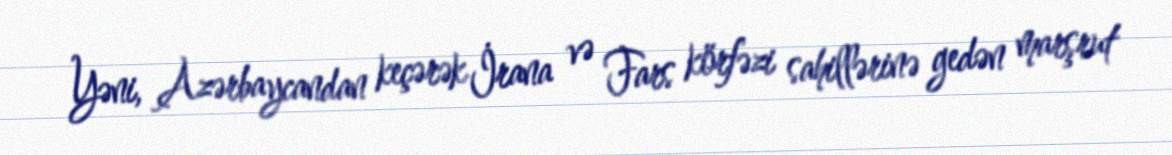
Yəni, Azərbaycandan keçərək İrana və Fars körfəzi sahillərinə gedən marşrut